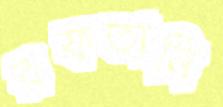
রফতানি